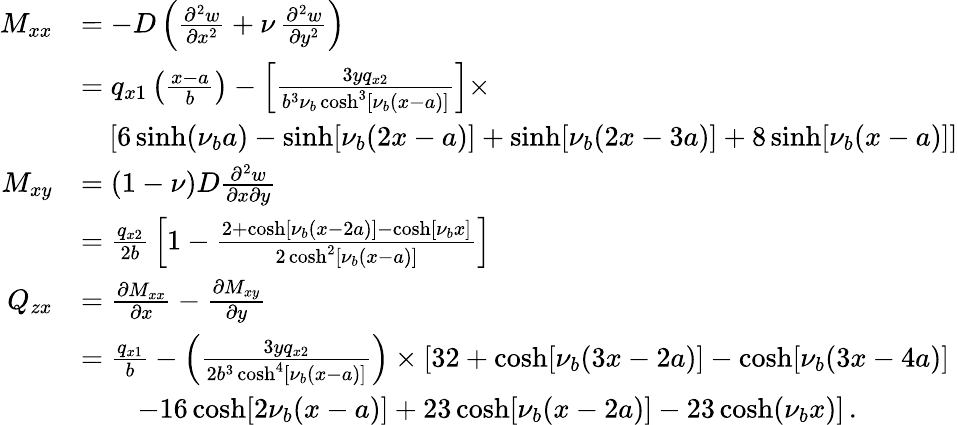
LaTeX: {\begin{array}{rl}{M_{xx}}&{=-D\left({\frac{\partial^{2}w}{\partial x^{2}}}+\nu\, {\frac{\partial^{2}w}{\partial y^{2}}}\right)}\\ &{=q_{x1}\left({\frac{x-a}{b}}\right)-\left[{\frac{3yq_{x2}}{b^{3}\nu_{b}\cosh^{3}[\nu_{b}(x-a)]}}\right]\times}\\ &{\quad\left[6\sinh(\nu_{b}a)-\sinh[\nu_{b}(2x-a)]+\sinh[\nu_{b}(2x-3a)]+8\sinh[\nu_{b}(x-a)]\right]}\\ {M_{xy}}&{=(1-\nu)D{\frac{\partial^{2}w}{\partial x\partial y}}}\\ &{={\frac{q_{x2}}{2b}}\left[1-{\frac{2+\cosh[\nu_{b}(x-2a)]-\cosh[\nu_{b}x]}{2\cosh^{2}[\nu_{b}(x-a)]}}\right]}\\ {Q_{zx}}&{={\frac{\partial M_{xx}}{\partial x}}-{\frac{\partial M_{xy}}{\partial y}}}\\ &{={\frac{q_{x1}}{b}}-\left({\frac{3yq_{x2}}{2b^{3}\cosh^{4}[\nu_{b}(x-a)]}}\right)\times\left[32+\cosh[\nu_{b}(3x-2a)]-\cosh[\nu_{b}(3x-4a)]\right.}\\ &{\qquad\left.-16\cosh[2\nu_{b}(x-a)]+23\cosh[\nu_{b}(x-2a)]-23\cosh(\nu_{b}x)\right]\, .}\end{array}}